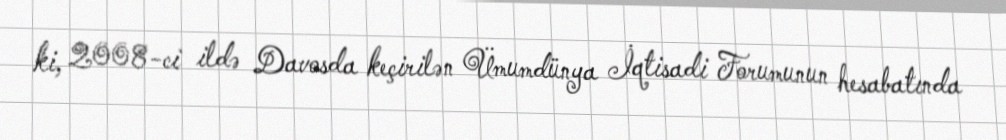
ki, 2008-ci ildə Davosda keçirilən Ümumdünya İqtisadi Forumunun hesabatında